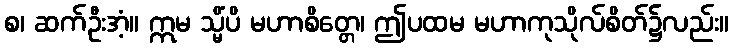
စ၊ ဆက်ဦးအံ့။ ဣမ သ္မိံပိ မဟာစိတ္တေ၊ ဤပထမ မဟာကုသိုလ်စိတ်၌လည်း။